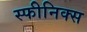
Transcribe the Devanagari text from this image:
स्फीनिक्स